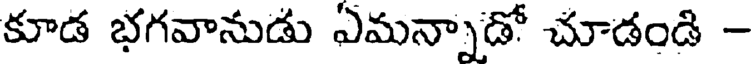
కూడ భగవానుడు ఏమన్నాడో చూడండి -